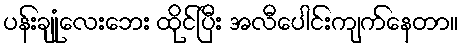
ပန်းချုံလေးဘေး ထိုင်ပြီး အလီပေါင်းကျက်နေတာ။